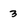
Character: 3